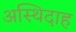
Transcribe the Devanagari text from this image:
अस्थिदाह